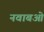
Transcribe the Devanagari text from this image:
नवाबओं